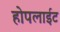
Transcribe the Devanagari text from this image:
होपलाईट